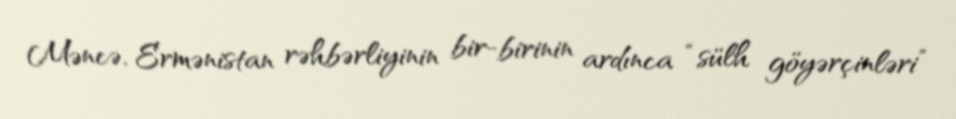
Məncə, Ermənistan rəhbərliyinin bir-birinin ardınca “sülh göyərçinləri”